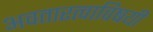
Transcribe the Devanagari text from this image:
अवतारत्वाविषयी